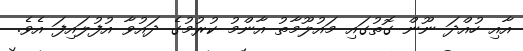
އާއި ހުއްދަ ނޫން ގޮތުގައި މައުލޫމާތު އާންމު ކުރުމުގެ ދައުވާ އުފުލައިފަ އެވެ.